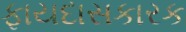
ફાયદાસકારક